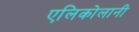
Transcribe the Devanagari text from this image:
एलिकोलानी